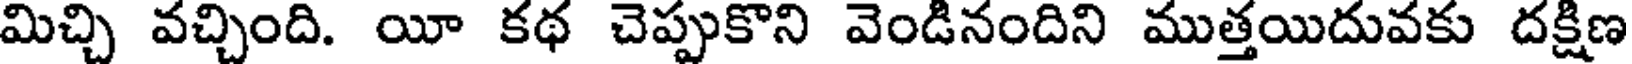
మిచ్చి వచ్చింది. యీ కథ చెప్పుకొని వెండినందిని ముత్తయిదువకు దక్షిణ